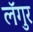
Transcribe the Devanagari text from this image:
लॅगुर